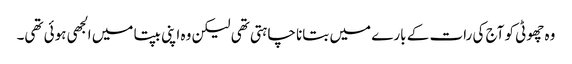
وہ چھوٹی کو آج کی رات کے بارے میں بتانا چاہتی تھی لیکن وہ اپنی بپتا میں الجھی ہوئی تھی۔